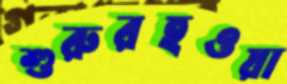
শুরুরহওয়া